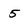
Character: 5